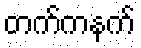
တက်ကနက်